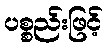
ပစ္စည်းဖြင့်